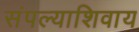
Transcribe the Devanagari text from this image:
संपल्याशिवाय